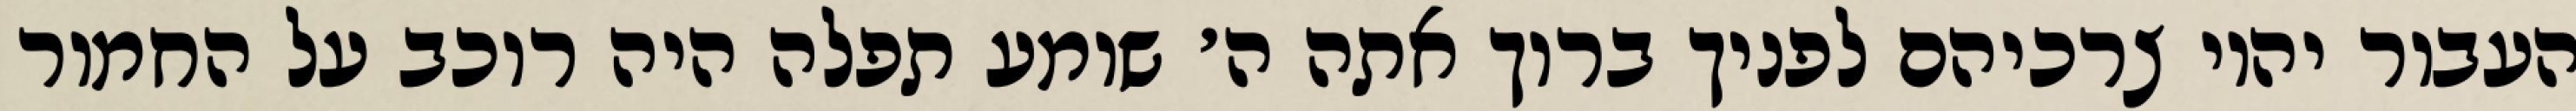
העבור יהיו צרכיהם לפניך ברוך אתה ה׳ שומע תפלה היה רוכב על החמור